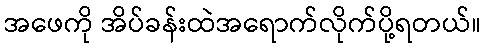
အဖေကို အိပ်ခန်းထဲအရောက်လိုက်ပို့ရတယ်။